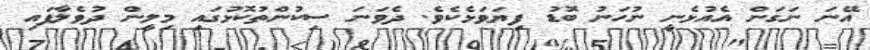
އޭނަ ނަގަން އެއުޅެނީ ނުހަނު ބޮޑު ފިޔަވަޅެކެވެ. ދެވަނަ ސިކުންތުކޮޅުގައި މިލީން ދުވެލާފައި